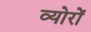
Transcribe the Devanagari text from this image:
व्योरों